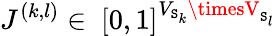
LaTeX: J^{(k,l)}\in~[0,1]^{V_{\mathtt{S}_{k}}\timesV_{\mathtt{S}_{l}}}